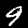
Label: 9